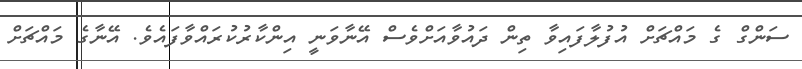
ސަންގް ގެ މައްޗަށް އުފުލާފައިވާ ތިން ދައުވާއަށްވެސް އޭނާވަނީ އިންކާރުކުރައްވާފައެވެ. އޭނާގެ މައްޗަށް